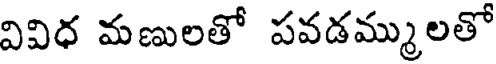
వివిధ మణులతో పవడమ్ములతో